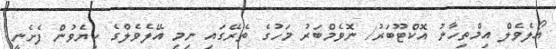
އޯލެވެލް އިމްތިހާނު އޮކްޓޫބަރު/ ނޮވެމްބަރު މަހުގެ ތެރޭގައި ނިމި އޭލެވެލްގެ ކިޔެވުން ފެށެނީ